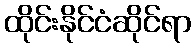
ထိုင်းနိုင်ငံဆိုင်ရာ